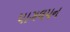
પાગલપન